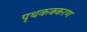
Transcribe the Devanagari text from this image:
पृथकक्करण